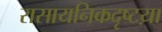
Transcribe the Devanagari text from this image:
रासायनिकदृष्टय़ा